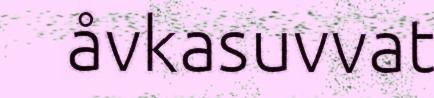
åvkasuvvat